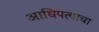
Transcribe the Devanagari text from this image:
आधिपत्याचा